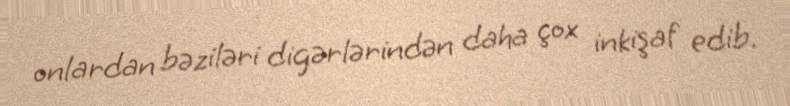
onlardan bəziləri digərlərindən daha çox inkişaf edib.